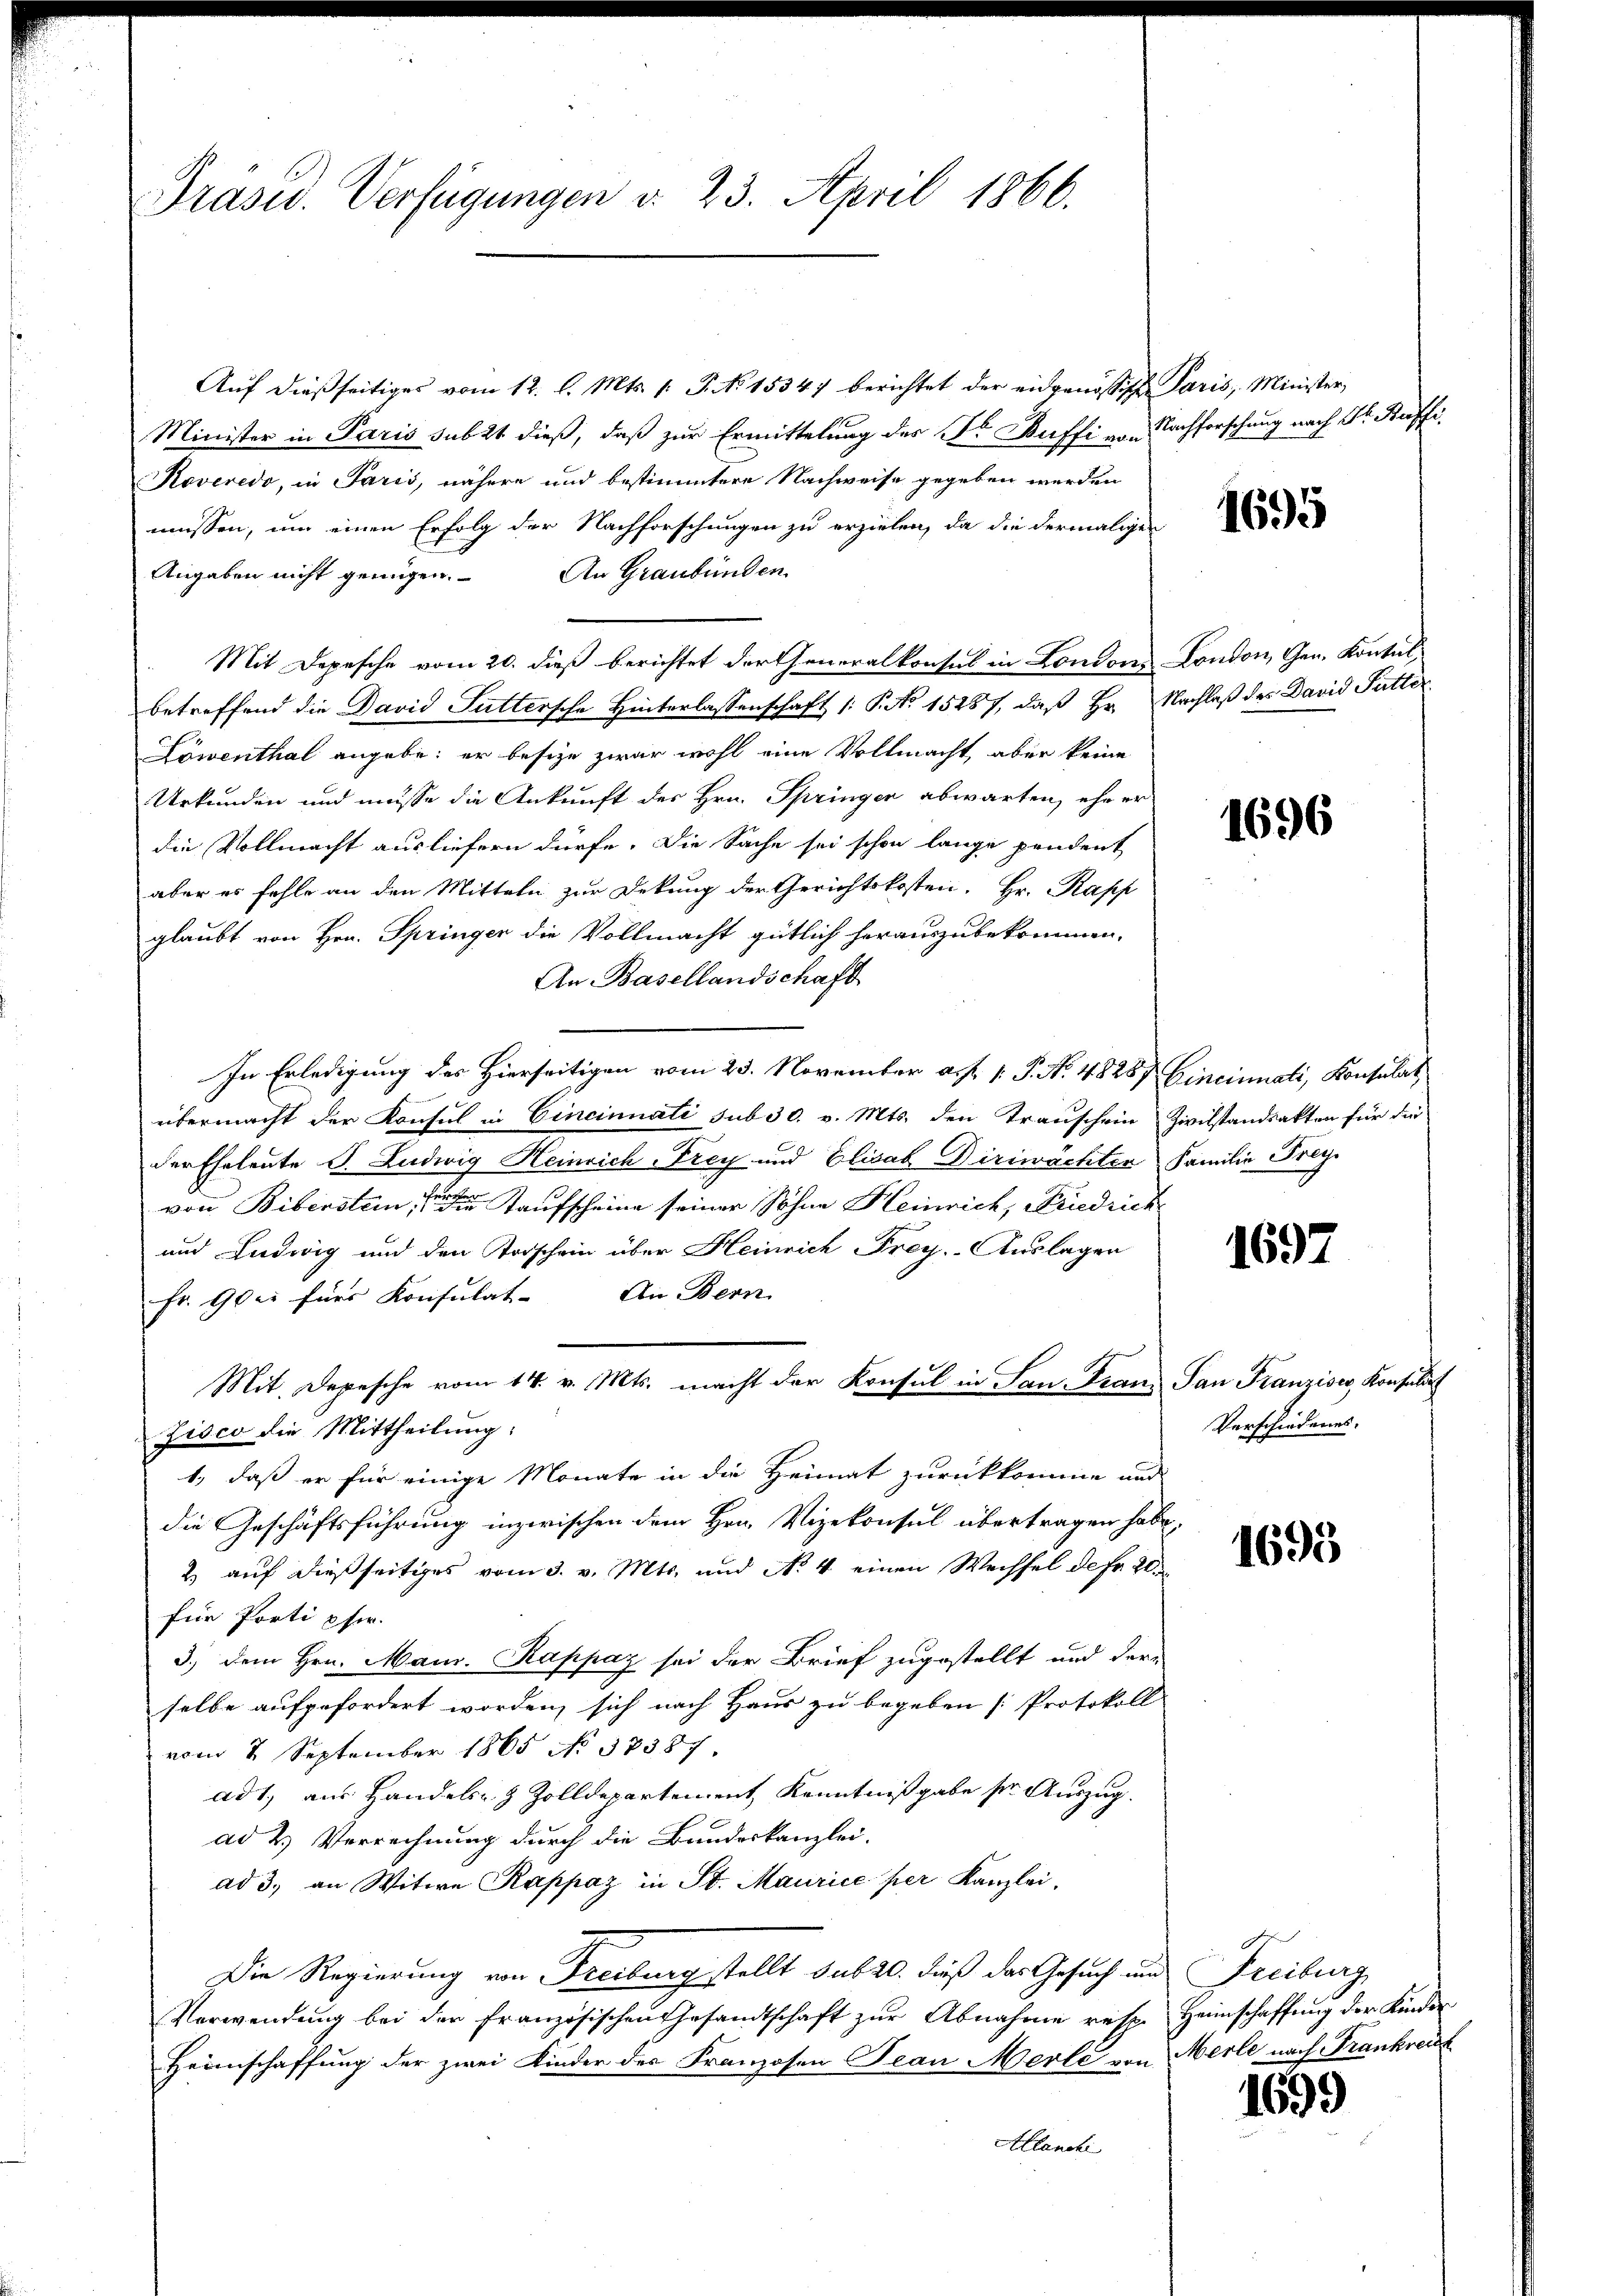
Präsid. Verfügungen v. 23. April 1866.

Aŭf dießseitiges vom 12. l. Mts. 1. P. No 15347 berichtet der eidgenössische Paris, Minister,
Minister in Paris subst dieß, daß zur Ermittelung des Dr. Büffi von Nachforschung nach Sr. Küffi¬
Koveredo, in Paris, nähere und bestimmtere Nachweise gegeben werden
müssen, um einen Erfolg der Nachforschungen zu erzielen, da die dermaligen
Angaben nicht genügen. An Graubünden
Mit Depesche vom 20. dieß berichtet der Generalkonsul in London, London, Gen. Kontulbetreffend die David Futtersche Hinterlassenschaft |: P. No 15287, daß Hr. Nachlaß des David Futter
Löwenthal angebe; er besize zwar wohl eine Vollmacht, aber keine
Urkunden und müsse die Ankunft des Hrn. Springen abwarten, ehe er
die Vollmacht ausliefern dürfe. Die Sache sei schon lange pendent
aber es fehle an den Mitteln zur Dekung der Gerichtskosten. Hr. Rapp
glaubt von Hrn. Springer die Vollmacht gütlich herauszubekommen,
An Basellandschaft
In Erledigung des Hierseitigen vom 25. November a. f. 1. P. N. 4828/ Cincinati, Konsulat
übermacht der Konsul in Cincinnati sub 30. v. Mts. den Trauschein Zivilstandsakten für die
der Eheleute S. Ludwig Heinrich-Frey und Elisab Diriwächter Familie Frey
 Kaufscheine seiner Sohne Heinrich, Friedrich
von Bibersten
und Ludwig und den Vorschein über Heinrich Frey. Auslagen
Fr. 90er fürs Konsulat. An Bern
Mit. Depesche vom 14. v. Mts. macht der Konsul in San.- Franz San Franziser, Konsulie
Zisco die Mittheilung:
1., daß er für einige Monate in die Heimat zurückkomme und
die Geschäftsführung inzwischen dem Hrn. Vizekonsul übertragen habe.
2) auf dießseitiges vom 3. v. Mts. und No 4 einen Wechsel der 20.
für Porti pfer.
3.) dem Hrn. Mann. Rappaz sei der Brief zugestellt und der
selbe aufgefordert worden, sich nach Haus zu begeben [Protokoll
vom 2. September 1865 No 37387
ad 1., aus Handels- & Zolldepartement, Kenntnißgabe ser Auszug.
ad 2. Verrechnung durch die Bundeskanzlei.
ad 3., an Witwe Rappaz in St. Maurice per Kanzlei,
Die Regierung von Freiburg stellt sub 20. dieß das Gesuch und Freiburg
Verwendung bei der Französischen Gesandtschaft zur Abnahme resp. Heimschaffung der Kinder
Heimschaffung der zwei Kinder des Franzosen Tean Merli von Merle nach Frankreist
Allanche

4695

1696

1697

Verschiedenes.

1695

1699